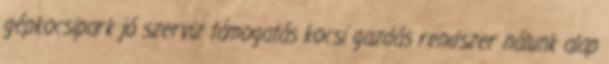
gépkocsipark jó szerviz támogatás kocsi gazdás rendszer nálunk alap